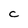
Character: C